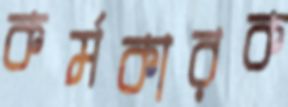
কর্মকারক